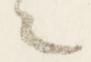
之